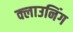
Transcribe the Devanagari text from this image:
क्लाउनिंग